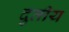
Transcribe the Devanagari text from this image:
दुतीय